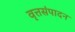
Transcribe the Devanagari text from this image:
वृत्तसंपादन